Lunatic asylums Bombay report 1878-1890 - 1878-1890
Year: 1878
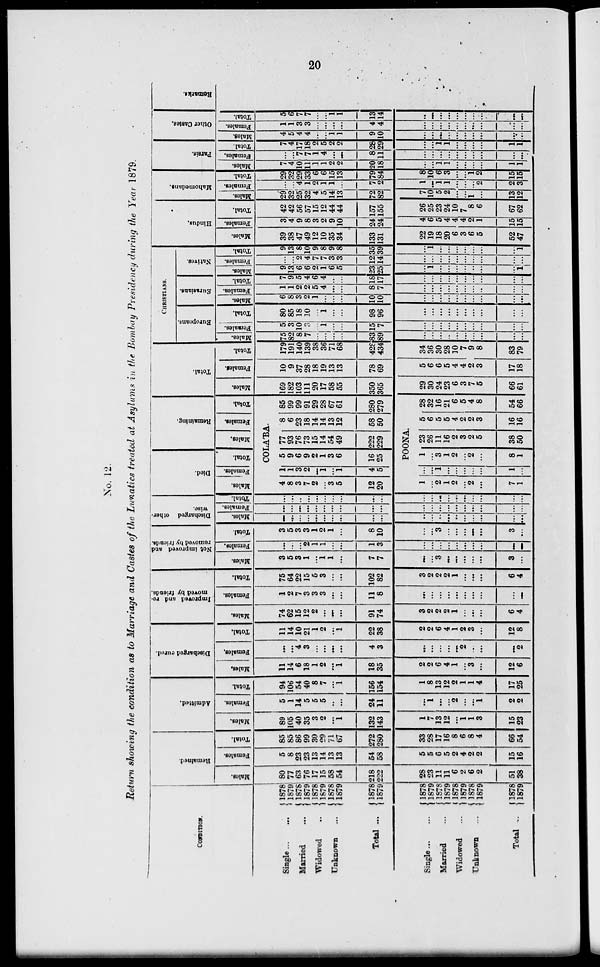
20
No. 12.
Return showing the condition as to Marriage and Castes of the Lunatics treated at Asylums in the Bombay Presidency during the Year 1879.
CONDITION.
Single ... ...
Married
...
Widowed ...
Unknown ...
Total ...
Single
...
...
Married ...
Widowed ...
Unknown ...
Total ...
1878
1879
1878
1879
1878
1879
1878
1879
1878
1879
1878
1879
1878
11879
1878
1879
1878
1879
1878
1879
Remained.
Males.
80
77
63
76
17
1 15
58
54
218
222
28
23
11
11
6
2
6
2
51
38
Females.
5
8
23
23
13
14
13
13
54
58
5
5
6
5
2
4
2
2
15
16
Total.
85
85
86
99
30
29
71
67
272
280
33
28
17
16
8
6
8
4
66
54
Admitted.
Males.
89
105
40
35
3
2
...
1
132
143
1
7
13
12
...
1
1
3
15
23
Females.
5
1
14
5
5
5
...
...
24
11
...
1
...
...
2
...
...
1
2
2
Total.
94
106
54
40
8
7
...
1
156
154
1
8
13
12
2
1
1
4
17
25
Discharged cured.
Males.
11
14
6
18
1
2
...
1
18
35
2
2
6
4
1
...
3
...
12
6
Females.
...
...
4
3
...
...
...
...
4
3
...
...
...
...
...
2
...
...
...
2
Total.
11
14
10
21
1
2
...
1
22
38
2
2
6
4
1
2
3
...
12
8
Improved and re-
moved by friends
Males.
74
62
15
12
2
...
...
...
91
74
3
2
2
2
1
...
...
...
6
4
Females.
1
2
7
3
3
3
...
...
11
8
...
...
...
...
...
...
...
...
...
...
Total.
75
64
22
15
5
3
...
...
102
82
3
2
2
2
1
...
...
...
6
4
Not improved and
removed by friends.
Males.
3
5
3
1
...
1
1
...
7
7
...
...
3
...
...
...
...
...
3
...
Females.
...
...
...
2
1
1
...
...
1
3
...
...
...
...
...
...
...
...
...
...
Total.
3
5
3
3
1
2
1
...
8
10
...
...
3
...
...
...
...
...
3
...
Discharged other-
wise.
Males.
...
...
...
...
...
...
...
...
...
...
...
...
...
...
...
...
...
...
...
...
Females.
...
...
...
...
...
...
...
...
...
...
...
...
...
...
...
...
...
...
...
...
Total.
...
...
...
...
...
...
...
...
...
...
...
...
...
...
...
...
...
...
...
...
Died.
Males.
Females.
Total.
Remaining.
Males.
Females.
Total.
COLA'BA.
4
8
3
7
2
...
3
5
12
20
1
1
3
2
...
1
...
1
4
5
5
9
6
9
2
1
3
6
16
25
77
93
76
73
15
14
54
49
222
229
8
6
23
18
14
14
13
12
58
50
85
99
99
91
29
28
67
61
280
279
POONA.
1
...
2
1
2
...
2
...
7
1
...
...
1
...
...
...
...
...
1
...
1
...
3
1
2
...
2
...
8
1
23
26
11
16
2
3
2
5
38
50
5
6
5
5
4
2
2
3
16
16
28
32
16
21
6
5
4
8
54
66
Total.
Males.
169
182
103
111
20
17
58
55
350
365
29
30
24
23
6
3
7
5
66
61
Females.
10
9
37
28
18
19
13
13
78
69
5
6
6
5
4
4
2
3
17
18
Total.
179
191
140
139
38
36
71
68
428
434
34
36
30
28
10
7
9
8
83
79
CHRISTIANS.
Europeans.
Males.
75
82
8
7
...
...
...
...
83
89
...
...
...
...
...
...
...
...
...
...
Females.
5
3
10
3
...
1
...
...
15
7
...
...
...
...
...
...
...
...
...
...
Total.
80
85
18
10
...
1
...
...
98
96
...
...
...
...
...
...
...
...
...
...
Eurasians.
Males.
6
8
3
2
1
...
...
...
10
10
...
...
...
...
...
...
...
...
...
...
Females.
1
1
2
2
5
4
...
...
8
7
...
...
...
...
...
...
...
...
...
...
Total.
7
9
5
4
6
4
...
...
18
17
...
...
...
...
...
...
...
...
...
...
Natives.
Males.
9
13
6
6
2
1
6
5
23
25
...
1
...
...
...
...
...
...
...
1
Females.
...
...
2
4
7
7
3
3
12
14
...
...
...
...
...
...
...
...
...
...
Total.
9
13
8
10
9
8
9
8
35
39
...
1
...
...
...
...
...
...
...
1
Hindus.
Males.
39
38
47
49
12
10
35
34
133
131
22
19
18
20
6
3
6
5
52
47
Females.
3
4
9
8
3
2
9
10
24
24
4
6
5
4
4
4
2
1
15
15
Total.
42
42
56
57
15
12
44
44
157
155
26
25
23
24
10
7
8
6
67
62
Mahomedans.
Males.
29
32
25
32
4
5
14
13
72
82
7
10
5
2
...
...
1
...
13
12
Females.
...
...
4
1
2
1
1
...
7
2
1
...
1
1
...
...
...
2
2
3
Total.
29
32
29
33
6
6
15
13
79
84
8
10
6
3
...
...
1
2
15
15
Parsis.
Males.
7
4
10
11
1
1
2
2
20
18
...
...
1
1
...
...
...
...
1
1
Females.
...
...
7
7
1
4
...
...
8
11
...
...
...
...
...
...
...
...
...
...
Total.
7
4
17
18
2
5
2
2
28
29
...
...
1
1
...
...
...
...
1
1
Other Castes.
Males.
4
5
4
4
...
...
1
1
9
10
...
...
...
...
...
...
...
...
...
...
Females.
1
1
3
3
...
...
...
...
4
4
...
...
...
...
...
...
...
...
...
...
Total.
5
6
7
7
...
...
1
1
13
14
...
...
...
...
...
...
...
...
...
...
Remarks.